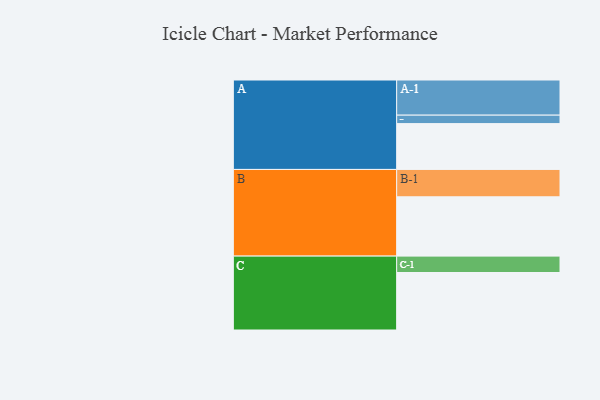
{"axis": {"x": "Segment", "y": "Value"}, "legend": ["", "A", "B", "C"], "data": [{"x": "A", "y": 330, "type": ""}, {"x": "B", "y": 427, "type": ""}, {"x": "C", "y": 414, "type": ""}, {"x": "A-1", "y": 253, "type": "A"}, {"x": "A-2", "y": 61, "type": "A"}, {"x": "B-1", "y": 197, "type": "B"}, {"x": "C-1", "y": 118, "type": "C"}]}